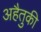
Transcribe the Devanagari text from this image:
अहैतुकी